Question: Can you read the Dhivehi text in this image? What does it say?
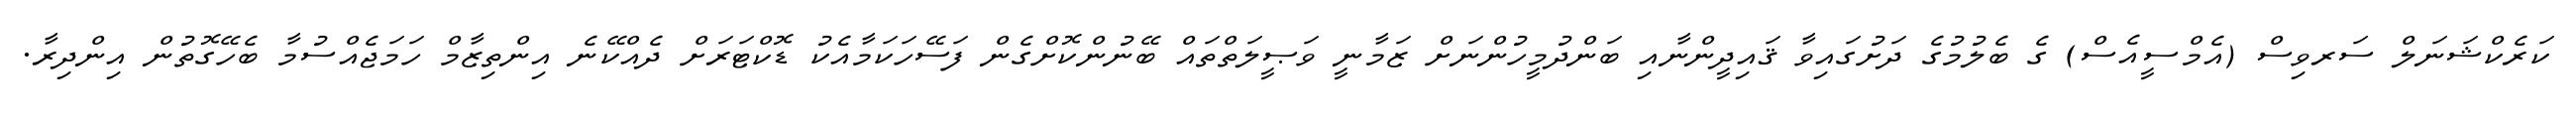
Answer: ކަރެކްޝަނަލް ސަރވިސް (އެމްސީއެސް) ގެ ބެލުމުގެ ދަށުގައިވާ ޤައިދީންނާއި ބަންދުމީހުންނަށް ޒަމާނީ ވަޞީލަތްތައް ބޭނުންކޮށްގެން ފަސޭހަކަމާއެކު ޑޮކްޓަރަށް ދެއްކޭނެ އިންތިޒާމް ހަމަޖެއްސުމާ ބެހޭގޮތުން އިންދިރާ.